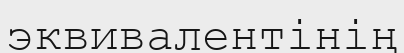
эквивалентінің